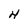
Character: 4